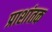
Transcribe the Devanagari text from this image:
प्राशांतक